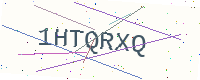
Text: 1HTQRXQ